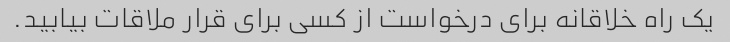
یک راه خلاقانه برای درخواست از کسی برای قرار ملاقات بیابید.